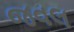
જવલ